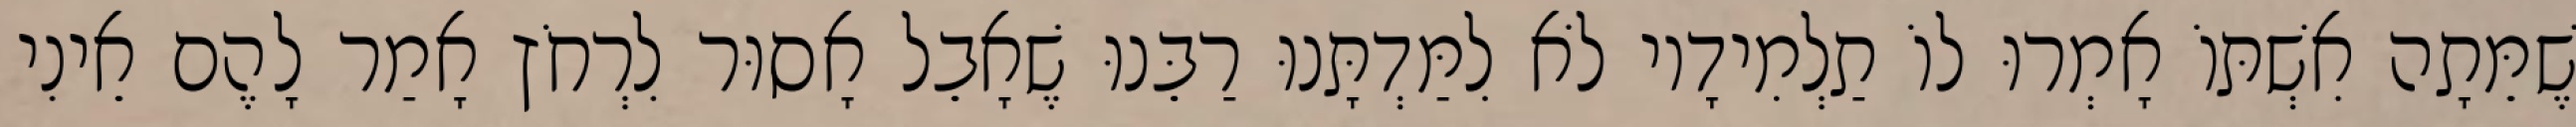
שֶׁמֵּתָה אִשְׁתּוֹ אָמְרוּ לוֹ תַלְמִידָיו לֹא לִמַּדְתָּנוּ רַבֵּנוּ שֶׁאָבֵל אָסוּר לִרְחֹץ אָמַר לָהֶם אֵינִי